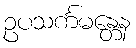
ဥပသင်္ကမန္တေန